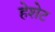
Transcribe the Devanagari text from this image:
हेशेट